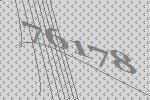
76178